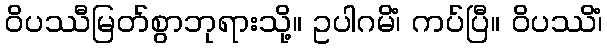
ဝိပဿီမြတ်စွာဘုရားသို့။ ဥပါဂမိံ၊ ကပ်ပြီ။ ဝိပဿိံ၊